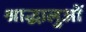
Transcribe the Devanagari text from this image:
श्राद्धालुओं